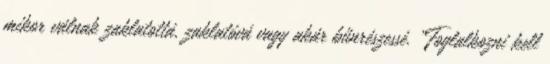
mikor válnak zaklatottá, zaklatóvá vagy akár bűnrészessé. „Foglalkozni kell